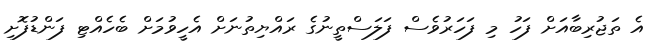
އެ ތަޖުރިބާއަށް ފަހު މި ފަހަރުވެސް ފަލަސްތީނުގެ ރައްޔިތުނަށް އެހީވުމަށް ބެހެއްޓި ފަންޑުފޮށި